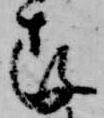
存